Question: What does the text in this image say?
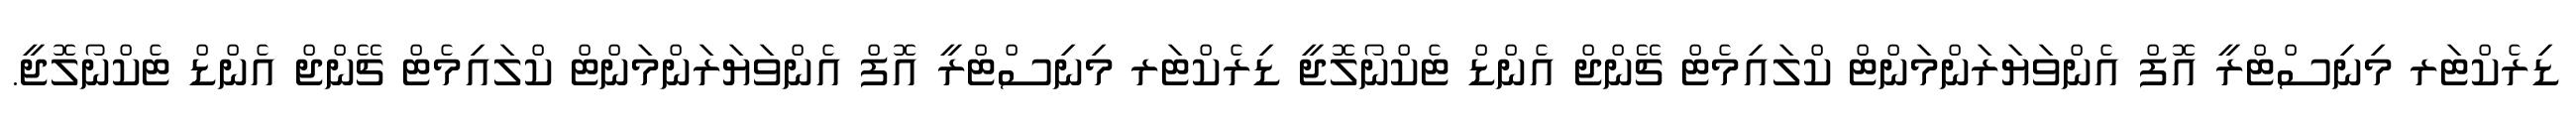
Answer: ޑިރެކްޓަރ މިނިސްޓްރީ އޮފް އެންވަޔަރަންމަންޓް ކްލައިމެޓް ޗޭންޖް އެންޑް ޓެކްނޯލޮޖީ ޑިރެކްޓަރ މިނިސްޓްރީ އޮފް އެންވަޔަރަންމަންޓް ކްލައިމެޓް ޗޭންޖް އެންޑް ޓެކްނޯލޮޖީ.